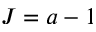
J = a - 1